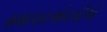
સમાપનએનપીએ